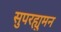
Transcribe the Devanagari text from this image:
सुपरह्युमन